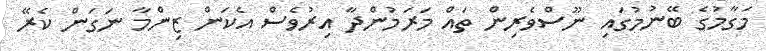
މަގާމުގެ ބޭނުމުގައި ނޫސްވެރިން ތައް މަރަމުންދާ އިރުވެސް އެކަން ޒިންމާ ނަގަން ކެރޭ